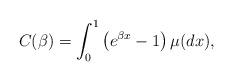
LaTeX: \begin{align*}C(\beta)=\int_0^1 \left(e^{\beta x}-1\right) \mu(dx),\end{align*}